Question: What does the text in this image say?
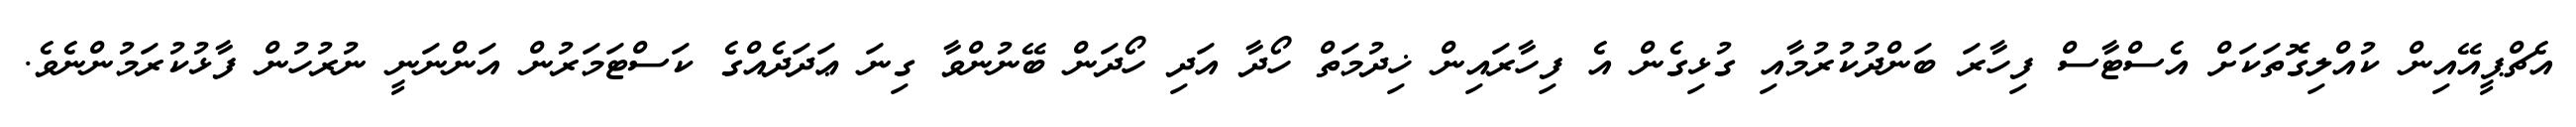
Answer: އެޗްޕީއޭއިން ކުއްލިގޮތަކަށް އެސްޓާސް ފިހާރަ ބަންދުކުރުމާއި ގުޅިގެން އެ ފިހާރައިން ޚިދުމަތް ހޯދާ އަދި ހޯދަން ބޭނުންވާ ގިނަ ޢަދަދެއްގެ ކަސްޓަމަރުން އަންނަނީ ނުރުހުން ފާޅުކުރަމުންނެވެ.